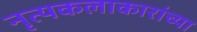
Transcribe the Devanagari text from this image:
नृत्यकलाकारांच्या